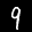
Label: 9